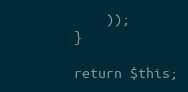
Language: PHP
            ));
        }

        return $this;